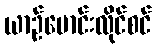
ယာဉ်မောင်းလိုင်စင်